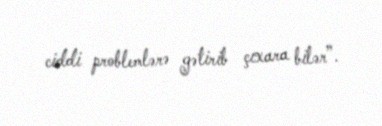
ciddi problemlərə gətirib çıxara bilər”.